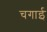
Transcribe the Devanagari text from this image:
चगाई